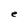
Character: e